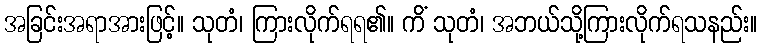
အခြင်းအရာအားဖြင့်။ သုတံ၊ ကြားလိုက်ရရ၏။ ကိံ သုတံ၊ အဘယ်သို့ကြားလိုက်ရသနည်း။